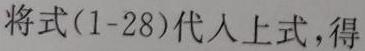
将式(1-28)代人上式,得